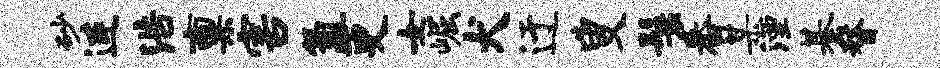
砂连浩禀害氲更女崛犬迂叟鬟番某湮綦瞀